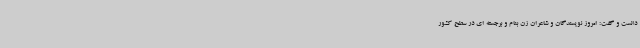
دانست و گفت: امروز نویسندگان و شاعران زن بنام و برجسته ای در سطح کشور